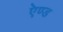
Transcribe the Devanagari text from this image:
एेण्ड